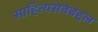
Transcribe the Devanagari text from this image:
साहित्यसेवेबद्दल